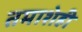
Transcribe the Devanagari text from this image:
तमाशेही